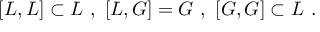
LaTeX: [ L , L ] \subset L \ , \ [ L , G ] = G \ , \ [ G , G ] \subset L \ .